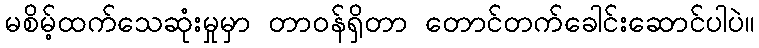
မစိမ့်ထက်သေဆုံးမှုမှာ တာဝန်ရှိတာ တောင်တက်ခေါင်းဆောင်ပါပဲ။